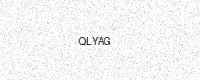
Text: QLYAG